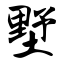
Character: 墅